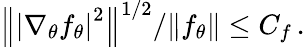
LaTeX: \left\| \left|\nabla_{\theta}f_{\theta}\right|^{2}\right\| ^{1/2}/\| f_{\theta}\| \leq C_{f}\, .